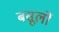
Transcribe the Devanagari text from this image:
बसूलों